Indian journal of veterinary science and animal husbandry - Volumes 15-17, 1948-1951
Year: 1948
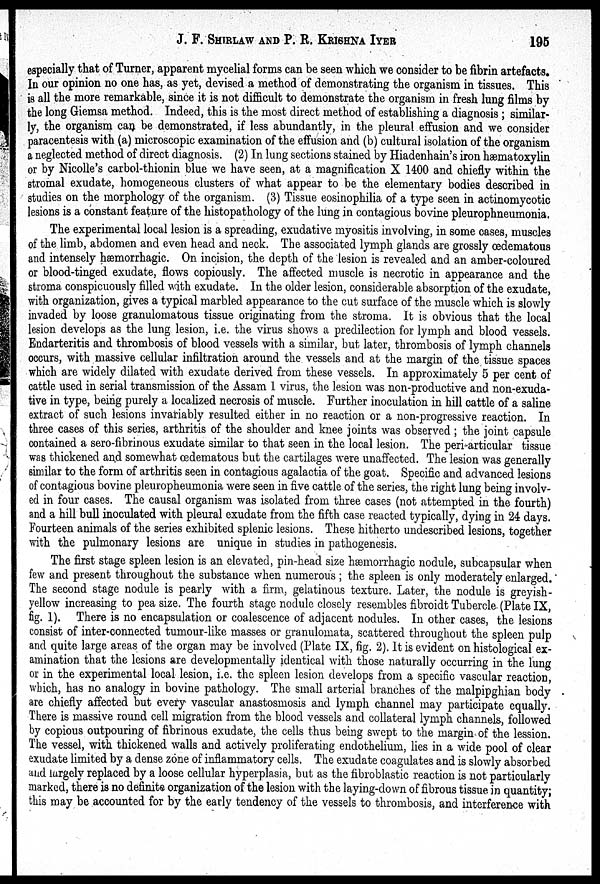
J. F. SHIRLAW AND P. R.
KRISHNA
IYER
195
especially that of Turner, apparent mycelial forms can be seen which we consider to be fibrin artefacts.
In our opinion no one has, as yet, devised a method of demonstrating the organism in tissues. This
is all the more remarkable, since it is not difficult to demonstrate the organism in fresh lung films by
the long Giemsa method. Indeed, this is the most direct method of establishing a diagnosis; similar-
ly, the organism can be demonstrated, if less abundantly, in the pleural effusion and we consider
paracentesis with (a) microscopic examination of the effusion and (b) cultural isolation of the organism
a neglected method of direct diagnosis. (2) In lung sections stained by Hiadenhain's iron hæmatoxylin
or by Nicolle's carbol-thionin blue we have seen, at a magnification X 1400 and chiefly within the
stromal exudate, homogeneous clusters of what appear to be the elementary bodies described in
studies on the morphology of the organism. (3) Tissue eosinophilia of a type seen in actinomycotic
lesions is a constant feature of the histopathology of the lung in contagious bovine pleurophneumonia.
The experimental local lesion is a spreading, exudative myositis involving, in some cases, muscles
of the limb, abdomen and even head and neck. The associated lymph glands are grossly œdematous
and intensely hæmorrhagic. On incision, the depth of the lesion is revealed and an amber-coloured
or blood-tinged exudate, flows copiously. The affected muscle is necrotic in appearance and the
stroma conspicuously filled with exudate. In the older lesion, considerable absorption of the exudate,
with organization, gives a typical marbled appearance to the cut surface of the muscle which is slowly
invaded by loose granulomatous tissue originating from the stroma. It is obvious that the local
lesion develops as the lung lesion, i.e. the virus shows a predilection for lymph and blood vessels.
Endarteritis and thrombosis of blood vessels with a similar, but later, thrombosis of lymph channels
occurs, with massive cellular infiltration around the vessels and at the margin of the tissue spaces
which are widely dilated with exudate derived from these vessels. In approximately 5 per cent of
cattle used in serial transmission of the Assam 1 virus, the lesion was non-productive and non-exuda-
tive in type, being purely a localized necrosis of muscle. Further inoculation in hill cattle of a saline
extract of such lesions invariably resulted either in no reaction or a non-progressive reaction. In
three cases of this series, arthritis of the shoulder and knee joints was observed; the joint capsule
contained a sero-fibrinous exudate similar to that seen in the local lesion. The peri-articular tissue
was thickened and somewhat œdematous but the cartilages were unaffected. The lesion was generally
similar to the form of arthritis seen in contagious agalactia of the goat. Specific and advanced lesions
of contagious bovine pleuropheumonia were seen in five cattle of the series, the right lung being involv-
ed in four cases. The causal organism was isolated from three cases (not attempted in the fourth)
and a hill bull inoculated with pleural exudate from the fifth case reacted typically, dying in 24 days.
Fourteen animals of the series exhibited splenic lesions. These hitherto undescribed lesions, together
with the pulmonary lesions are unique in studies in pathogenesis.
The first stage spleen lesion is an elevated, pin-head size hæmorrhagic nodule, subcapsular when
few and present throughout the substance when numerous; the spleen is only moderately enlarged.
The second stage nodule is pearly with a firm, gelatinous texture. Later, the nodule is greyish-
yellow increasing to pea size. The fourth stage nodule closely resembles fibroidt Tubercle. (Plate IX,
fig. 1). There is no encapsulation or coalescence of adjacent nodules. In other cases, the lesions
consist of inter-connected tumour-like masses or granulomata, scattered throughout the spleen pulp
and quite large areas of the organ may be involved (Plate IX, fig. 2). It is evident on histological ex-
amination that the lesions are developmentally identical with those naturally occurring in the lung
or in the experimental local lesion, i.e. the spleen lesion develops from a specific vascular reaction,
which, has no analogy in bovine pathology. The small arterial branches of the malpipghian body
are chiefly affected but every vascular anastosmosis and lymph channel may participate equally.
There is massive round cell migration from the blood vessels and collateral lymph channels, followed
by copious outpouring of fibrinous exudate, the cells thus being swept to the margin of the lession.
The vessel, with thickened walls and actively proliferating endothelium, lies in a wide pool of clear
exudate limited by a dense zone of inflammatory cells. The exudate coagulates and is slowly absorbed
and largely replaced by a loose cellular hyperplasia, but as the fibroblastic reaction is not particularly
marked, there is no definite organization of the lesion with the laying-down of fibrous tissue in quantity;
this may be accounted for by the early tendency of the vessels to thrombosis, and interference with